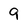
Character: 9